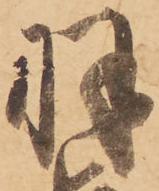
羽